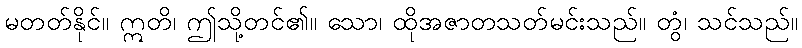
မတတ်နိုင်။ ဣတိ၊ ဤသို့တင်၏။ သော၊ ထိုအဇာတသတ်မင်းသည်။ တွံ၊ သင်သည်။